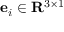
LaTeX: \mathbf { e } _ { i } \in \mathbf { R } ^ { 3 \times 1 }